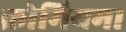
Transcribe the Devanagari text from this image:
क्रोमियम।